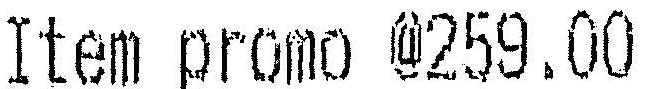
ITEM PROMO @259.00